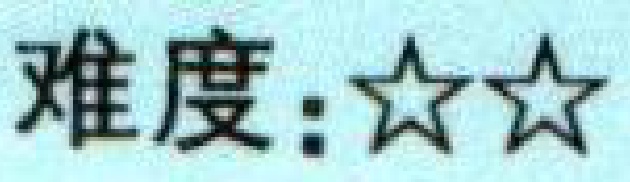
难度：$\bigstar\bigstar$